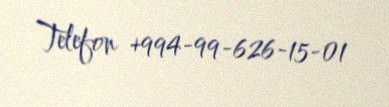
Telefon +994-99-626-15-01